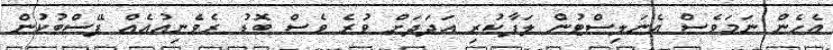
އެހެން ނަމަވެސް އެނަލިސްޓުން ލަފާކުރި އަދަދަށް ވުރެ ވެސް ބޮޑު ރެވެނިއުއެއް ފޭސްބުކުން